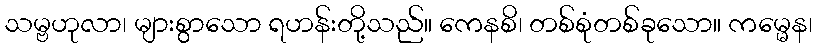
သမ္ဗဟုလာ၊ များစွာသော ရဟန်းတို့သည်။ ကေနစိ၊ တစ်စုံတစ်ခုသော။ ကမ္မေန၊